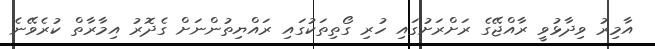
އާމިރު ވިދާޅުވީ ރާއްޖޭގެ ރަށްރަށުގައި ހުރި ގޯތިތަކުގައި ރައްޔިތުންނަށް ގެދޮރު އިމާރާތް ކުރެވޭނެ